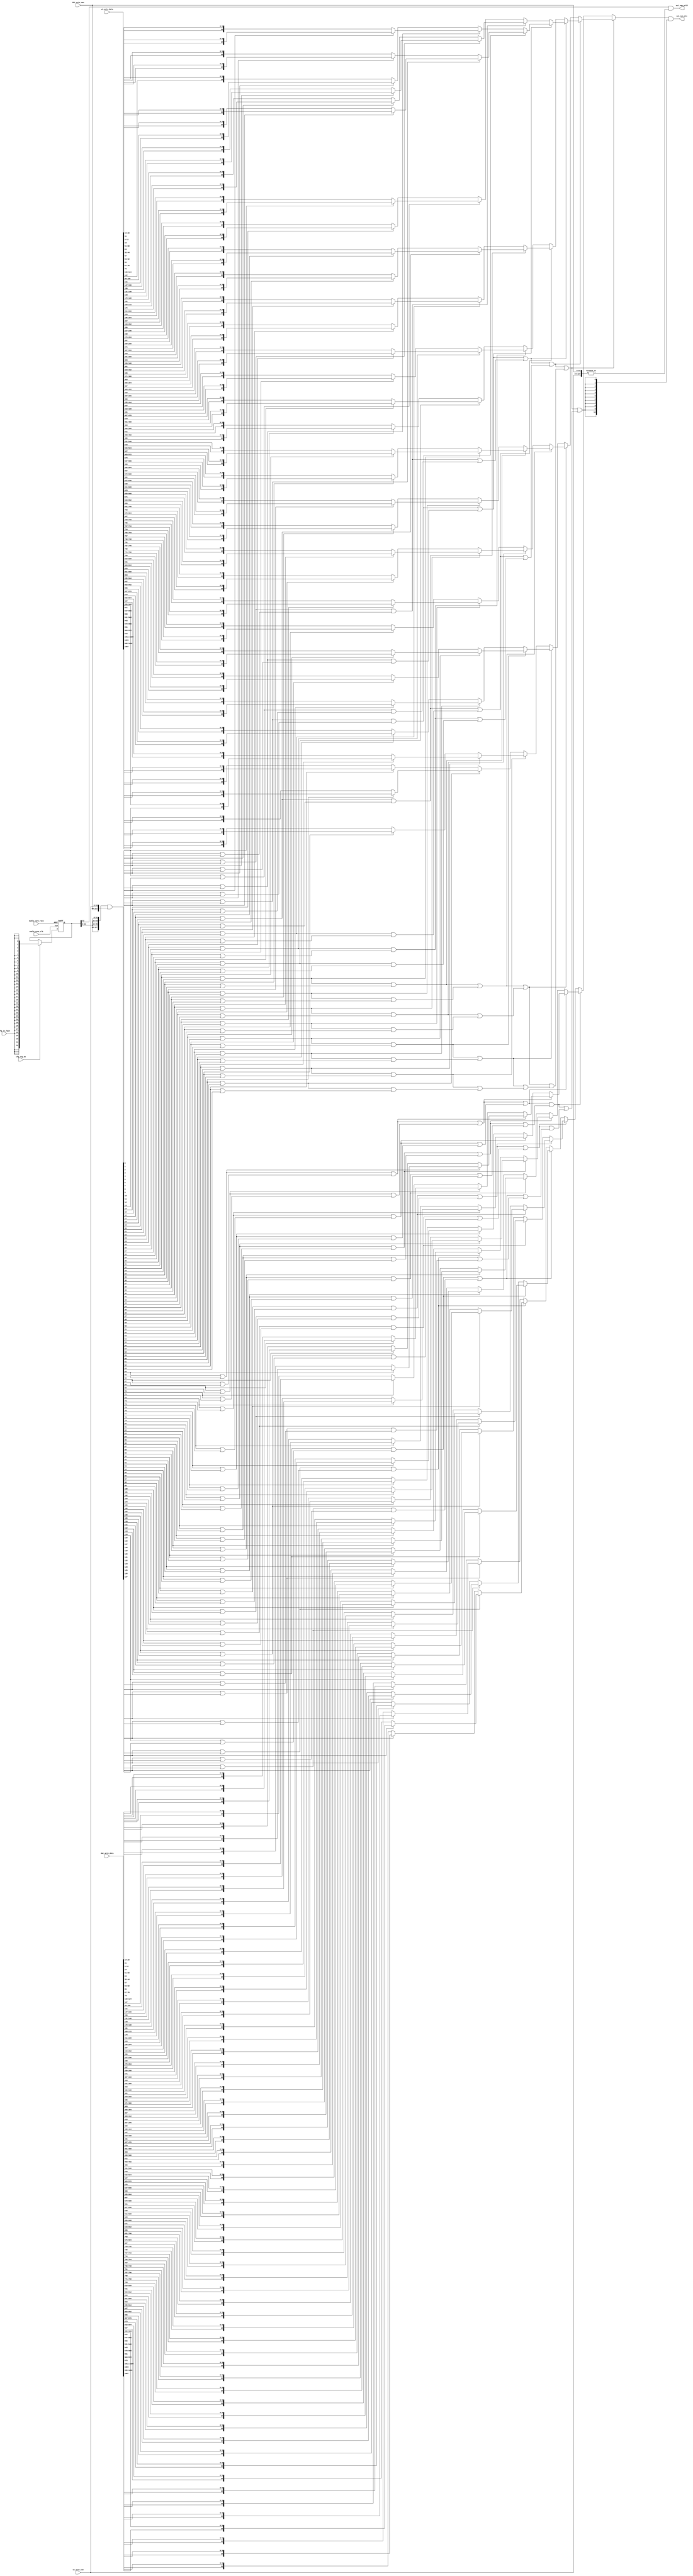
// ================================================================
// NVDLA Open Source Project
// 
// Copyright(c) 2016 - 2017 NVIDIA Corporation.  Licensed under the
// NVDLA Open Hardware License; Check "LICENSE" which comes with 
// this distribution for more information.
// ================================================================


module NV_NVDLA_CMAC_CORE_MAC_nan (
   nvdla_core_clk
  ,nvdla_core_rstn
  ,cfg_is_fp16
  ,cfg_reg_en
  ,dat_actv_data
  ,dat_actv_nan
  ,wt_actv_data
  ,wt_actv_nan
  ,out_nan_mts
  ,out_nan_pvld
  );

input           nvdla_core_clk;
input           nvdla_core_rstn;
input           cfg_is_fp16;
input           cfg_reg_en;
input  [1023:0] dat_actv_data;
input    [63:0] dat_actv_nan;
input  [1023:0] wt_actv_data;
input    [63:0] wt_actv_nan;
output   [10:0] out_nan_mts;
output          out_nan_pvld;
reg      [32:0] cfg_is_fp16_d1;
reg    [2047:0] cur_data;
reg     [127:0] nan_flag_l0;
reg      [63:0] nan_flag_l1;
reg      [31:0] nan_flag_l2;
reg      [15:0] nan_flag_l3;
reg       [7:0] nan_flag_l4;
reg       [3:0] nan_flag_l5;
reg       [1:0] nan_flag_l6;
reg       [0:0] nan_flag_l7;
reg      [10:0] nan_mts_l0n0;
reg      [10:0] nan_mts_l0n1;
reg      [10:0] nan_mts_l0n10;
reg      [10:0] nan_mts_l0n100;
reg      [10:0] nan_mts_l0n101;
reg      [10:0] nan_mts_l0n102;
reg      [10:0] nan_mts_l0n103;
reg      [10:0] nan_mts_l0n104;
reg      [10:0] nan_mts_l0n105;
reg      [10:0] nan_mts_l0n106;
reg      [10:0] nan_mts_l0n107;
reg      [10:0] nan_mts_l0n108;
reg      [10:0] nan_mts_l0n109;
reg      [10:0] nan_mts_l0n11;
reg      [10:0] nan_mts_l0n110;
reg      [10:0] nan_mts_l0n111;
reg      [10:0] nan_mts_l0n112;
reg      [10:0] nan_mts_l0n113;
reg      [10:0] nan_mts_l0n114;
reg      [10:0] nan_mts_l0n115;
reg      [10:0] nan_mts_l0n116;
reg      [10:0] nan_mts_l0n117;
reg      [10:0] nan_mts_l0n118;
reg      [10:0] nan_mts_l0n119;
reg      [10:0] nan_mts_l0n12;
reg      [10:0] nan_mts_l0n120;
reg      [10:0] nan_mts_l0n121;
reg      [10:0] nan_mts_l0n122;
reg      [10:0] nan_mts_l0n123;
reg      [10:0] nan_mts_l0n124;
reg      [10:0] nan_mts_l0n125;
reg      [10:0] nan_mts_l0n126;
reg      [10:0] nan_mts_l0n127;
reg      [10:0] nan_mts_l0n13;
reg      [10:0] nan_mts_l0n14;
reg      [10:0] nan_mts_l0n15;
reg      [10:0] nan_mts_l0n16;
reg      [10:0] nan_mts_l0n17;
reg      [10:0] nan_mts_l0n18;
reg      [10:0] nan_mts_l0n19;
reg      [10:0] nan_mts_l0n2;
reg      [10:0] nan_mts_l0n20;
reg      [10:0] nan_mts_l0n21;
reg      [10:0] nan_mts_l0n22;
reg      [10:0] nan_mts_l0n23;
reg      [10:0] nan_mts_l0n24;
reg      [10:0] nan_mts_l0n25;
reg      [10:0] nan_mts_l0n26;
reg      [10:0] nan_mts_l0n27;
reg      [10:0] nan_mts_l0n28;
reg      [10:0] nan_mts_l0n29;
reg      [10:0] nan_mts_l0n3;
reg      [10:0] nan_mts_l0n30;
reg      [10:0] nan_mts_l0n31;
reg      [10:0] nan_mts_l0n32;
reg      [10:0] nan_mts_l0n33;
reg      [10:0] nan_mts_l0n34;
reg      [10:0] nan_mts_l0n35;
reg      [10:0] nan_mts_l0n36;
reg      [10:0] nan_mts_l0n37;
reg      [10:0] nan_mts_l0n38;
reg      [10:0] nan_mts_l0n39;
reg      [10:0] nan_mts_l0n4;
reg      [10:0] nan_mts_l0n40;
reg      [10:0] nan_mts_l0n41;
reg      [10:0] nan_mts_l0n42;
reg      [10:0] nan_mts_l0n43;
reg      [10:0] nan_mts_l0n44;
reg      [10:0] nan_mts_l0n45;
reg      [10:0] nan_mts_l0n46;
reg      [10:0] nan_mts_l0n47;
reg      [10:0] nan_mts_l0n48;
reg      [10:0] nan_mts_l0n49;
reg      [10:0] nan_mts_l0n5;
reg      [10:0] nan_mts_l0n50;
reg      [10:0] nan_mts_l0n51;
reg      [10:0] nan_mts_l0n52;
reg      [10:0] nan_mts_l0n53;
reg      [10:0] nan_mts_l0n54;
reg      [10:0] nan_mts_l0n55;
reg      [10:0] nan_mts_l0n56;
reg      [10:0] nan_mts_l0n57;
reg      [10:0] nan_mts_l0n58;
reg      [10:0] nan_mts_l0n59;
reg      [10:0] nan_mts_l0n6;
reg      [10:0] nan_mts_l0n60;
reg      [10:0] nan_mts_l0n61;
reg      [10:0] nan_mts_l0n62;
reg      [10:0] nan_mts_l0n63;
reg      [10:0] nan_mts_l0n64;
reg      [10:0] nan_mts_l0n65;
reg      [10:0] nan_mts_l0n66;
reg      [10:0] nan_mts_l0n67;
reg      [10:0] nan_mts_l0n68;
reg      [10:0] nan_mts_l0n69;
reg      [10:0] nan_mts_l0n7;
reg      [10:0] nan_mts_l0n70;
reg      [10:0] nan_mts_l0n71;
reg      [10:0] nan_mts_l0n72;
reg      [10:0] nan_mts_l0n73;
reg      [10:0] nan_mts_l0n74;
reg      [10:0] nan_mts_l0n75;
reg      [10:0] nan_mts_l0n76;
reg      [10:0] nan_mts_l0n77;
reg      [10:0] nan_mts_l0n78;
reg      [10:0] nan_mts_l0n79;
reg      [10:0] nan_mts_l0n8;
reg      [10:0] nan_mts_l0n80;
reg      [10:0] nan_mts_l0n81;
reg      [10:0] nan_mts_l0n82;
reg      [10:0] nan_mts_l0n83;
reg      [10:0] nan_mts_l0n84;
reg      [10:0] nan_mts_l0n85;
reg      [10:0] nan_mts_l0n86;
reg      [10:0] nan_mts_l0n87;
reg      [10:0] nan_mts_l0n88;
reg      [10:0] nan_mts_l0n89;
reg      [10:0] nan_mts_l0n9;
reg      [10:0] nan_mts_l0n90;
reg      [10:0] nan_mts_l0n91;
reg      [10:0] nan_mts_l0n92;
reg      [10:0] nan_mts_l0n93;
reg      [10:0] nan_mts_l0n94;
reg      [10:0] nan_mts_l0n95;
reg      [10:0] nan_mts_l0n96;
reg      [10:0] nan_mts_l0n97;
reg      [10:0] nan_mts_l0n98;
reg      [10:0] nan_mts_l0n99;
reg      [10:0] nan_mts_l1n0;
reg      [10:0] nan_mts_l1n1;
reg      [10:0] nan_mts_l1n10;
reg      [10:0] nan_mts_l1n11;
reg      [10:0] nan_mts_l1n12;
reg      [10:0] nan_mts_l1n13;
reg      [10:0] nan_mts_l1n14;
reg      [10:0] nan_mts_l1n15;
reg      [10:0] nan_mts_l1n16;
reg      [10:0] nan_mts_l1n17;
reg      [10:0] nan_mts_l1n18;
reg      [10:0] nan_mts_l1n19;
reg      [10:0] nan_mts_l1n2;
reg      [10:0] nan_mts_l1n20;
reg      [10:0] nan_mts_l1n21;
reg      [10:0] nan_mts_l1n22;
reg      [10:0] nan_mts_l1n23;
reg      [10:0] nan_mts_l1n24;
reg      [10:0] nan_mts_l1n25;
reg      [10:0] nan_mts_l1n26;
reg      [10:0] nan_mts_l1n27;
reg      [10:0] nan_mts_l1n28;
reg      [10:0] nan_mts_l1n29;
reg      [10:0] nan_mts_l1n3;
reg      [10:0] nan_mts_l1n30;
reg      [10:0] nan_mts_l1n31;
reg      [10:0] nan_mts_l1n32;
reg      [10:0] nan_mts_l1n33;
reg      [10:0] nan_mts_l1n34;
reg      [10:0] nan_mts_l1n35;
reg      [10:0] nan_mts_l1n36;
reg      [10:0] nan_mts_l1n37;
reg      [10:0] nan_mts_l1n38;
reg      [10:0] nan_mts_l1n39;
reg      [10:0] nan_mts_l1n4;
reg      [10:0] nan_mts_l1n40;
reg      [10:0] nan_mts_l1n41;
reg      [10:0] nan_mts_l1n42;
reg      [10:0] nan_mts_l1n43;
reg      [10:0] nan_mts_l1n44;
reg      [10:0] nan_mts_l1n45;
reg      [10:0] nan_mts_l1n46;
reg      [10:0] nan_mts_l1n47;
reg      [10:0] nan_mts_l1n48;
reg      [10:0] nan_mts_l1n49;
reg      [10:0] nan_mts_l1n5;
reg      [10:0] nan_mts_l1n50;
reg      [10:0] nan_mts_l1n51;
reg      [10:0] nan_mts_l1n52;
reg      [10:0] nan_mts_l1n53;
reg      [10:0] nan_mts_l1n54;
reg      [10:0] nan_mts_l1n55;
reg      [10:0] nan_mts_l1n56;
reg      [10:0] nan_mts_l1n57;
reg      [10:0] nan_mts_l1n58;
reg      [10:0] nan_mts_l1n59;
reg      [10:0] nan_mts_l1n6;
reg      [10:0] nan_mts_l1n60;
reg      [10:0] nan_mts_l1n61;
reg      [10:0] nan_mts_l1n62;
reg      [10:0] nan_mts_l1n63;
reg      [10:0] nan_mts_l1n7;
reg      [10:0] nan_mts_l1n8;
reg      [10:0] nan_mts_l1n9;
reg      [10:0] nan_mts_l2n0;
reg      [10:0] nan_mts_l2n1;
reg      [10:0] nan_mts_l2n10;
reg      [10:0] nan_mts_l2n11;
reg      [10:0] nan_mts_l2n12;
reg      [10:0] nan_mts_l2n13;
reg      [10:0] nan_mts_l2n14;
reg      [10:0] nan_mts_l2n15;
reg      [10:0] nan_mts_l2n16;
reg      [10:0] nan_mts_l2n17;
reg      [10:0] nan_mts_l2n18;
reg      [10:0] nan_mts_l2n19;
reg      [10:0] nan_mts_l2n2;
reg      [10:0] nan_mts_l2n20;
reg      [10:0] nan_mts_l2n21;
reg      [10:0] nan_mts_l2n22;
reg      [10:0] nan_mts_l2n23;
reg      [10:0] nan_mts_l2n24;
reg      [10:0] nan_mts_l2n25;
reg      [10:0] nan_mts_l2n26;
reg      [10:0] nan_mts_l2n27;
reg      [10:0] nan_mts_l2n28;
reg      [10:0] nan_mts_l2n29;
reg      [10:0] nan_mts_l2n3;
reg      [10:0] nan_mts_l2n30;
reg      [10:0] nan_mts_l2n31;
reg      [10:0] nan_mts_l2n4;
reg      [10:0] nan_mts_l2n5;
reg      [10:0] nan_mts_l2n6;
reg      [10:0] nan_mts_l2n7;
reg      [10:0] nan_mts_l2n8;
reg      [10:0] nan_mts_l2n9;
reg      [10:0] nan_mts_l3n0;
reg      [10:0] nan_mts_l3n1;
reg      [10:0] nan_mts_l3n10;
reg      [10:0] nan_mts_l3n11;
reg      [10:0] nan_mts_l3n12;
reg      [10:0] nan_mts_l3n13;
reg      [10:0] nan_mts_l3n14;
reg      [10:0] nan_mts_l3n15;
reg      [10:0] nan_mts_l3n2;
reg      [10:0] nan_mts_l3n3;
reg      [10:0] nan_mts_l3n4;
reg      [10:0] nan_mts_l3n5;
reg      [10:0] nan_mts_l3n6;
reg      [10:0] nan_mts_l3n7;
reg      [10:0] nan_mts_l3n8;
reg      [10:0] nan_mts_l3n9;
reg      [10:0] nan_mts_l4n0;
reg      [10:0] nan_mts_l4n1;
reg      [10:0] nan_mts_l4n2;
reg      [10:0] nan_mts_l4n3;
reg      [10:0] nan_mts_l4n4;
reg      [10:0] nan_mts_l4n5;
reg      [10:0] nan_mts_l4n6;
reg      [10:0] nan_mts_l4n7;
reg      [10:0] nan_mts_l5n0;
reg      [10:0] nan_mts_l5n1;
reg      [10:0] nan_mts_l5n2;
reg      [10:0] nan_mts_l5n3;
reg      [10:0] nan_mts_l6n0;
reg      [10:0] nan_mts_l6n1;
reg      [10:0] nan_mts_l7n0;
reg             out_nan_pvld;

// synoff nets

// monitor nets

// debug nets

// tie high nets

// tie low nets

// no connect nets

// not all bits used nets

// todo nets

    

//==========================================================
// Config logic
//==========================================================

always @(posedge nvdla_core_clk or negedge nvdla_core_rstn) begin
  if (!nvdla_core_rstn) begin
    cfg_is_fp16_d1 <= {33{1'b0}};
  end else begin
  if ((cfg_reg_en) == 1'b1) begin
    cfg_is_fp16_d1 <= {33{cfg_is_fp16}};
  // VCS coverage off
  end else if ((cfg_reg_en) == 1'b0) begin
  end else begin
    cfg_is_fp16_d1 <= 'bx;  // spyglass disable STARC-2.10.1.6 W443 NoWidthInBasedNum-ML -- (Constant containing x or z used, Based number `bx contains an X, Width specification missing for based number)
  // VCS coverage on
  end
  end
end
`ifdef SPYGLASS_ASSERT_ON
`else
// spyglass disable_block NoWidthInBasedNum-ML 
// spyglass disable_block STARC-2.10.3.2a 
// spyglass disable_block STARC05-2.1.3.1 
// spyglass disable_block STARC-2.1.4.6 
// spyglass disable_block W116 
// spyglass disable_block W154 
// spyglass disable_block W239 
// spyglass disable_block W362 
// spyglass disable_block WRN_58 
// spyglass disable_block WRN_61 
`endif // SPYGLASS_ASSERT_ON
`ifdef ASSERT_ON
`ifdef FV_ASSERT_ON
`define ASSERT_RESET nvdla_core_rstn
`else
`ifdef SYNTHESIS
`define ASSERT_RESET nvdla_core_rstn
`else
`ifdef ASSERT_OFF_RESET_IS_X
`define ASSERT_RESET ((1'bx === nvdla_core_rstn) ? 1'b0 : nvdla_core_rstn)
`else
`define ASSERT_RESET ((1'bx === nvdla_core_rstn) ? 1'b1 : nvdla_core_rstn)
`endif // ASSERT_OFF_RESET_IS_X
`endif // SYNTHESIS
`endif // FV_ASSERT_ON
`ifndef SYNTHESIS
  // VCS coverage off 
  nv_assert_no_x #(0,1,0,"No X's allowed on control signals")      zzz_assert_no_x_1x (nvdla_core_clk, `ASSERT_RESET, 1'd1,  (^(cfg_reg_en))); // spyglass disable W504 SelfDeterminedExpr-ML 
  // VCS coverage on
`endif
`undef ASSERT_RESET
`endif // ASSERT_ON
`ifdef SPYGLASS_ASSERT_ON
`else
// spyglass enable_block NoWidthInBasedNum-ML 
// spyglass enable_block STARC-2.10.3.2a 
// spyglass enable_block STARC05-2.1.3.1 
// spyglass enable_block STARC-2.1.4.6 
// spyglass enable_block W116 
// spyglass enable_block W154 
// spyglass enable_block W239 
// spyglass enable_block W362 
// spyglass enable_block WRN_58 
// spyglass enable_block WRN_61 
`endif // SPYGLASS_ASSERT_ON

//==========================================================
// Search nan matissa
//==========================================================
always @(
  cfg_is_fp16_d1
  or dat_actv_nan
  or wt_actv_nan
  ) begin
    nan_flag_l0 = {4{cfg_is_fp16_d1[31:0]}} & {dat_actv_nan, wt_actv_nan};
end

always @(
  dat_actv_data
  or wt_actv_data
  ) begin
    cur_data = {dat_actv_data, wt_actv_data};
end

always @(
  cur_data
  ) begin
    nan_mts_l0n0 = {cur_data[15], cur_data[12:3]};
    nan_mts_l0n1 = {cur_data[31], cur_data[28:19]};
    nan_mts_l0n2 = {cur_data[47], cur_data[44:35]};
    nan_mts_l0n3 = {cur_data[63], cur_data[60:51]};
    nan_mts_l0n4 = {cur_data[79], cur_data[76:67]};
    nan_mts_l0n5 = {cur_data[95], cur_data[92:83]};
    nan_mts_l0n6 = {cur_data[111], cur_data[108:99]};
    nan_mts_l0n7 = {cur_data[127], cur_data[124:115]};
    nan_mts_l0n8 = {cur_data[143], cur_data[140:131]};
    nan_mts_l0n9 = {cur_data[159], cur_data[156:147]};
    nan_mts_l0n10 = {cur_data[175], cur_data[172:163]};
    nan_mts_l0n11 = {cur_data[191], cur_data[188:179]};
    nan_mts_l0n12 = {cur_data[207], cur_data[204:195]};
    nan_mts_l0n13 = {cur_data[223], cur_data[220:211]};
    nan_mts_l0n14 = {cur_data[239], cur_data[236:227]};
    nan_mts_l0n15 = {cur_data[255], cur_data[252:243]};
    nan_mts_l0n16 = {cur_data[271], cur_data[268:259]};
    nan_mts_l0n17 = {cur_data[287], cur_data[284:275]};
    nan_mts_l0n18 = {cur_data[303], cur_data[300:291]};
    nan_mts_l0n19 = {cur_data[319], cur_data[316:307]};
    nan_mts_l0n20 = {cur_data[335], cur_data[332:323]};
    nan_mts_l0n21 = {cur_data[351], cur_data[348:339]};
    nan_mts_l0n22 = {cur_data[367], cur_data[364:355]};
    nan_mts_l0n23 = {cur_data[383], cur_data[380:371]};
    nan_mts_l0n24 = {cur_data[399], cur_data[396:387]};
    nan_mts_l0n25 = {cur_data[415], cur_data[412:403]};
    nan_mts_l0n26 = {cur_data[431], cur_data[428:419]};
    nan_mts_l0n27 = {cur_data[447], cur_data[444:435]};
    nan_mts_l0n28 = {cur_data[463], cur_data[460:451]};
    nan_mts_l0n29 = {cur_data[479], cur_data[476:467]};
    nan_mts_l0n30 = {cur_data[495], cur_data[492:483]};
    nan_mts_l0n31 = {cur_data[511], cur_data[508:499]};
    nan_mts_l0n32 = {cur_data[527], cur_data[524:515]};
    nan_mts_l0n33 = {cur_data[543], cur_data[540:531]};
    nan_mts_l0n34 = {cur_data[559], cur_data[556:547]};
    nan_mts_l0n35 = {cur_data[575], cur_data[572:563]};
    nan_mts_l0n36 = {cur_data[591], cur_data[588:579]};
    nan_mts_l0n37 = {cur_data[607], cur_data[604:595]};
    nan_mts_l0n38 = {cur_data[623], cur_data[620:611]};
    nan_mts_l0n39 = {cur_data[639], cur_data[636:627]};
    nan_mts_l0n40 = {cur_data[655], cur_data[652:643]};
    nan_mts_l0n41 = {cur_data[671], cur_data[668:659]};
    nan_mts_l0n42 = {cur_data[687], cur_data[684:675]};
    nan_mts_l0n43 = {cur_data[703], cur_data[700:691]};
    nan_mts_l0n44 = {cur_data[719], cur_data[716:707]};
    nan_mts_l0n45 = {cur_data[735], cur_data[732:723]};
    nan_mts_l0n46 = {cur_data[751], cur_data[748:739]};
    nan_mts_l0n47 = {cur_data[767], cur_data[764:755]};
    nan_mts_l0n48 = {cur_data[783], cur_data[780:771]};
    nan_mts_l0n49 = {cur_data[799], cur_data[796:787]};
    nan_mts_l0n50 = {cur_data[815], cur_data[812:803]};
    nan_mts_l0n51 = {cur_data[831], cur_data[828:819]};
    nan_mts_l0n52 = {cur_data[847], cur_data[844:835]};
    nan_mts_l0n53 = {cur_data[863], cur_data[860:851]};
    nan_mts_l0n54 = {cur_data[879], cur_data[876:867]};
    nan_mts_l0n55 = {cur_data[895], cur_data[892:883]};
    nan_mts_l0n56 = {cur_data[911], cur_data[908:899]};
    nan_mts_l0n57 = {cur_data[927], cur_data[924:915]};
    nan_mts_l0n58 = {cur_data[943], cur_data[940:931]};
    nan_mts_l0n59 = {cur_data[959], cur_data[956:947]};
    nan_mts_l0n60 = {cur_data[975], cur_data[972:963]};
    nan_mts_l0n61 = {cur_data[991], cur_data[988:979]};
    nan_mts_l0n62 = {cur_data[1007], cur_data[1004:995]};
    nan_mts_l0n63 = {cur_data[1023], cur_data[1020:1011]};
    nan_mts_l0n64 = {cur_data[1039], cur_data[1036:1027]};
    nan_mts_l0n65 = {cur_data[1055], cur_data[1052:1043]};
    nan_mts_l0n66 = {cur_data[1071], cur_data[1068:1059]};
    nan_mts_l0n67 = {cur_data[1087], cur_data[1084:1075]};
    nan_mts_l0n68 = {cur_data[1103], cur_data[1100:1091]};
    nan_mts_l0n69 = {cur_data[1119], cur_data[1116:1107]};
    nan_mts_l0n70 = {cur_data[1135], cur_data[1132:1123]};
    nan_mts_l0n71 = {cur_data[1151], cur_data[1148:1139]};
    nan_mts_l0n72 = {cur_data[1167], cur_data[1164:1155]};
    nan_mts_l0n73 = {cur_data[1183], cur_data[1180:1171]};
    nan_mts_l0n74 = {cur_data[1199], cur_data[1196:1187]};
    nan_mts_l0n75 = {cur_data[1215], cur_data[1212:1203]};
    nan_mts_l0n76 = {cur_data[1231], cur_data[1228:1219]};
    nan_mts_l0n77 = {cur_data[1247], cur_data[1244:1235]};
    nan_mts_l0n78 = {cur_data[1263], cur_data[1260:1251]};
    nan_mts_l0n79 = {cur_data[1279], cur_data[1276:1267]};
    nan_mts_l0n80 = {cur_data[1295], cur_data[1292:1283]};
    nan_mts_l0n81 = {cur_data[1311], cur_data[1308:1299]};
    nan_mts_l0n82 = {cur_data[1327], cur_data[1324:1315]};
    nan_mts_l0n83 = {cur_data[1343], cur_data[1340:1331]};
    nan_mts_l0n84 = {cur_data[1359], cur_data[1356:1347]};
    nan_mts_l0n85 = {cur_data[1375], cur_data[1372:1363]};
    nan_mts_l0n86 = {cur_data[1391], cur_data[1388:1379]};
    nan_mts_l0n87 = {cur_data[1407], cur_data[1404:1395]};
    nan_mts_l0n88 = {cur_data[1423], cur_data[1420:1411]};
    nan_mts_l0n89 = {cur_data[1439], cur_data[1436:1427]};
    nan_mts_l0n90 = {cur_data[1455], cur_data[1452:1443]};
    nan_mts_l0n91 = {cur_data[1471], cur_data[1468:1459]};
    nan_mts_l0n92 = {cur_data[1487], cur_data[1484:1475]};
    nan_mts_l0n93 = {cur_data[1503], cur_data[1500:1491]};
    nan_mts_l0n94 = {cur_data[1519], cur_data[1516:1507]};
    nan_mts_l0n95 = {cur_data[1535], cur_data[1532:1523]};
    nan_mts_l0n96 = {cur_data[1551], cur_data[1548:1539]};
    nan_mts_l0n97 = {cur_data[1567], cur_data[1564:1555]};
    nan_mts_l0n98 = {cur_data[1583], cur_data[1580:1571]};
    nan_mts_l0n99 = {cur_data[1599], cur_data[1596:1587]};
    nan_mts_l0n100 = {cur_data[1615], cur_data[1612:1603]};
    nan_mts_l0n101 = {cur_data[1631], cur_data[1628:1619]};
    nan_mts_l0n102 = {cur_data[1647], cur_data[1644:1635]};
    nan_mts_l0n103 = {cur_data[1663], cur_data[1660:1651]};
    nan_mts_l0n104 = {cur_data[1679], cur_data[1676:1667]};
    nan_mts_l0n105 = {cur_data[1695], cur_data[1692:1683]};
    nan_mts_l0n106 = {cur_data[1711], cur_data[1708:1699]};
    nan_mts_l0n107 = {cur_data[1727], cur_data[1724:1715]};
    nan_mts_l0n108 = {cur_data[1743], cur_data[1740:1731]};
    nan_mts_l0n109 = {cur_data[1759], cur_data[1756:1747]};
    nan_mts_l0n110 = {cur_data[1775], cur_data[1772:1763]};
    nan_mts_l0n111 = {cur_data[1791], cur_data[1788:1779]};
    nan_mts_l0n112 = {cur_data[1807], cur_data[1804:1795]};
    nan_mts_l0n113 = {cur_data[1823], cur_data[1820:1811]};
    nan_mts_l0n114 = {cur_data[1839], cur_data[1836:1827]};
    nan_mts_l0n115 = {cur_data[1855], cur_data[1852:1843]};
    nan_mts_l0n116 = {cur_data[1871], cur_data[1868:1859]};
    nan_mts_l0n117 = {cur_data[1887], cur_data[1884:1875]};
    nan_mts_l0n118 = {cur_data[1903], cur_data[1900:1891]};
    nan_mts_l0n119 = {cur_data[1919], cur_data[1916:1907]};
    nan_mts_l0n120 = {cur_data[1935], cur_data[1932:1923]};
    nan_mts_l0n121 = {cur_data[1951], cur_data[1948:1939]};
    nan_mts_l0n122 = {cur_data[1967], cur_data[1964:1955]};
    nan_mts_l0n123 = {cur_data[1983], cur_data[1980:1971]};
    nan_mts_l0n124 = {cur_data[1999], cur_data[1996:1987]};
    nan_mts_l0n125 = {cur_data[2015], cur_data[2012:2003]};
    nan_mts_l0n126 = {cur_data[2031], cur_data[2028:2019]};
    nan_mts_l0n127 = {cur_data[2047], cur_data[2044:2035]};
end

always @(
  nan_flag_l0
  or nan_mts_l0n0
  or nan_mts_l0n1
  or nan_mts_l0n2
  or nan_mts_l0n3
  or nan_mts_l0n4
  or nan_mts_l0n5
  or nan_mts_l0n6
  or nan_mts_l0n7
  or nan_mts_l0n8
  or nan_mts_l0n9
  or nan_mts_l0n10
  or nan_mts_l0n11
  or nan_mts_l0n12
  or nan_mts_l0n13
  or nan_mts_l0n14
  or nan_mts_l0n15
  or nan_mts_l0n16
  or nan_mts_l0n17
  or nan_mts_l0n18
  or nan_mts_l0n19
  or nan_mts_l0n20
  or nan_mts_l0n21
  or nan_mts_l0n22
  or nan_mts_l0n23
  or nan_mts_l0n24
  or nan_mts_l0n25
  or nan_mts_l0n26
  or nan_mts_l0n27
  or nan_mts_l0n28
  or nan_mts_l0n29
  or nan_mts_l0n30
  or nan_mts_l0n31
  or nan_mts_l0n32
  or nan_mts_l0n33
  or nan_mts_l0n34
  or nan_mts_l0n35
  or nan_mts_l0n36
  or nan_mts_l0n37
  or nan_mts_l0n38
  or nan_mts_l0n39
  or nan_mts_l0n40
  or nan_mts_l0n41
  or nan_mts_l0n42
  or nan_mts_l0n43
  or nan_mts_l0n44
  or nan_mts_l0n45
  or nan_mts_l0n46
  or nan_mts_l0n47
  or nan_mts_l0n48
  or nan_mts_l0n49
  or nan_mts_l0n50
  or nan_mts_l0n51
  or nan_mts_l0n52
  or nan_mts_l0n53
  or nan_mts_l0n54
  or nan_mts_l0n55
  or nan_mts_l0n56
  or nan_mts_l0n57
  or nan_mts_l0n58
  or nan_mts_l0n59
  or nan_mts_l0n60
  or nan_mts_l0n61
  or nan_mts_l0n62
  or nan_mts_l0n63
  or nan_mts_l0n64
  or nan_mts_l0n65
  or nan_mts_l0n66
  or nan_mts_l0n67
  or nan_mts_l0n68
  or nan_mts_l0n69
  or nan_mts_l0n70
  or nan_mts_l0n71
  or nan_mts_l0n72
  or nan_mts_l0n73
  or nan_mts_l0n74
  or nan_mts_l0n75
  or nan_mts_l0n76
  or nan_mts_l0n77
  or nan_mts_l0n78
  or nan_mts_l0n79
  or nan_mts_l0n80
  or nan_mts_l0n81
  or nan_mts_l0n82
  or nan_mts_l0n83
  or nan_mts_l0n84
  or nan_mts_l0n85
  or nan_mts_l0n86
  or nan_mts_l0n87
  or nan_mts_l0n88
  or nan_mts_l0n89
  or nan_mts_l0n90
  or nan_mts_l0n91
  or nan_mts_l0n92
  or nan_mts_l0n93
  or nan_mts_l0n94
  or nan_mts_l0n95
  or nan_mts_l0n96
  or nan_mts_l0n97
  or nan_mts_l0n98
  or nan_mts_l0n99
  or nan_mts_l0n100
  or nan_mts_l0n101
  or nan_mts_l0n102
  or nan_mts_l0n103
  or nan_mts_l0n104
  or nan_mts_l0n105
  or nan_mts_l0n106
  or nan_mts_l0n107
  or nan_mts_l0n108
  or nan_mts_l0n109
  or nan_mts_l0n110
  or nan_mts_l0n111
  or nan_mts_l0n112
  or nan_mts_l0n113
  or nan_mts_l0n114
  or nan_mts_l0n115
  or nan_mts_l0n116
  or nan_mts_l0n117
  or nan_mts_l0n118
  or nan_mts_l0n119
  or nan_mts_l0n120
  or nan_mts_l0n121
  or nan_mts_l0n122
  or nan_mts_l0n123
  or nan_mts_l0n124
  or nan_mts_l0n125
  or nan_mts_l0n126
  or nan_mts_l0n127
  ) begin
    nan_mts_l1n0 = nan_flag_l0[0] ? nan_mts_l0n0 : nan_mts_l0n1;
    nan_mts_l1n1 = nan_flag_l0[2] ? nan_mts_l0n2 : nan_mts_l0n3;
    nan_mts_l1n2 = nan_flag_l0[4] ? nan_mts_l0n4 : nan_mts_l0n5;
    nan_mts_l1n3 = nan_flag_l0[6] ? nan_mts_l0n6 : nan_mts_l0n7;
    nan_mts_l1n4 = nan_flag_l0[8] ? nan_mts_l0n8 : nan_mts_l0n9;
    nan_mts_l1n5 = nan_flag_l0[10] ? nan_mts_l0n10 : nan_mts_l0n11;
    nan_mts_l1n6 = nan_flag_l0[12] ? nan_mts_l0n12 : nan_mts_l0n13;
    nan_mts_l1n7 = nan_flag_l0[14] ? nan_mts_l0n14 : nan_mts_l0n15;
    nan_mts_l1n8 = nan_flag_l0[16] ? nan_mts_l0n16 : nan_mts_l0n17;
    nan_mts_l1n9 = nan_flag_l0[18] ? nan_mts_l0n18 : nan_mts_l0n19;
    nan_mts_l1n10 = nan_flag_l0[20] ? nan_mts_l0n20 : nan_mts_l0n21;
    nan_mts_l1n11 = nan_flag_l0[22] ? nan_mts_l0n22 : nan_mts_l0n23;
    nan_mts_l1n12 = nan_flag_l0[24] ? nan_mts_l0n24 : nan_mts_l0n25;
    nan_mts_l1n13 = nan_flag_l0[26] ? nan_mts_l0n26 : nan_mts_l0n27;
    nan_mts_l1n14 = nan_flag_l0[28] ? nan_mts_l0n28 : nan_mts_l0n29;
    nan_mts_l1n15 = nan_flag_l0[30] ? nan_mts_l0n30 : nan_mts_l0n31;
    nan_mts_l1n16 = nan_flag_l0[32] ? nan_mts_l0n32 : nan_mts_l0n33;
    nan_mts_l1n17 = nan_flag_l0[34] ? nan_mts_l0n34 : nan_mts_l0n35;
    nan_mts_l1n18 = nan_flag_l0[36] ? nan_mts_l0n36 : nan_mts_l0n37;
    nan_mts_l1n19 = nan_flag_l0[38] ? nan_mts_l0n38 : nan_mts_l0n39;
    nan_mts_l1n20 = nan_flag_l0[40] ? nan_mts_l0n40 : nan_mts_l0n41;
    nan_mts_l1n21 = nan_flag_l0[42] ? nan_mts_l0n42 : nan_mts_l0n43;
    nan_mts_l1n22 = nan_flag_l0[44] ? nan_mts_l0n44 : nan_mts_l0n45;
    nan_mts_l1n23 = nan_flag_l0[46] ? nan_mts_l0n46 : nan_mts_l0n47;
    nan_mts_l1n24 = nan_flag_l0[48] ? nan_mts_l0n48 : nan_mts_l0n49;
    nan_mts_l1n25 = nan_flag_l0[50] ? nan_mts_l0n50 : nan_mts_l0n51;
    nan_mts_l1n26 = nan_flag_l0[52] ? nan_mts_l0n52 : nan_mts_l0n53;
    nan_mts_l1n27 = nan_flag_l0[54] ? nan_mts_l0n54 : nan_mts_l0n55;
    nan_mts_l1n28 = nan_flag_l0[56] ? nan_mts_l0n56 : nan_mts_l0n57;
    nan_mts_l1n29 = nan_flag_l0[58] ? nan_mts_l0n58 : nan_mts_l0n59;
    nan_mts_l1n30 = nan_flag_l0[60] ? nan_mts_l0n60 : nan_mts_l0n61;
    nan_mts_l1n31 = nan_flag_l0[62] ? nan_mts_l0n62 : nan_mts_l0n63;
    nan_mts_l1n32 = nan_flag_l0[64] ? nan_mts_l0n64 : nan_mts_l0n65;
    nan_mts_l1n33 = nan_flag_l0[66] ? nan_mts_l0n66 : nan_mts_l0n67;
    nan_mts_l1n34 = nan_flag_l0[68] ? nan_mts_l0n68 : nan_mts_l0n69;
    nan_mts_l1n35 = nan_flag_l0[70] ? nan_mts_l0n70 : nan_mts_l0n71;
    nan_mts_l1n36 = nan_flag_l0[72] ? nan_mts_l0n72 : nan_mts_l0n73;
    nan_mts_l1n37 = nan_flag_l0[74] ? nan_mts_l0n74 : nan_mts_l0n75;
    nan_mts_l1n38 = nan_flag_l0[76] ? nan_mts_l0n76 : nan_mts_l0n77;
    nan_mts_l1n39 = nan_flag_l0[78] ? nan_mts_l0n78 : nan_mts_l0n79;
    nan_mts_l1n40 = nan_flag_l0[80] ? nan_mts_l0n80 : nan_mts_l0n81;
    nan_mts_l1n41 = nan_flag_l0[82] ? nan_mts_l0n82 : nan_mts_l0n83;
    nan_mts_l1n42 = nan_flag_l0[84] ? nan_mts_l0n84 : nan_mts_l0n85;
    nan_mts_l1n43 = nan_flag_l0[86] ? nan_mts_l0n86 : nan_mts_l0n87;
    nan_mts_l1n44 = nan_flag_l0[88] ? nan_mts_l0n88 : nan_mts_l0n89;
    nan_mts_l1n45 = nan_flag_l0[90] ? nan_mts_l0n90 : nan_mts_l0n91;
    nan_mts_l1n46 = nan_flag_l0[92] ? nan_mts_l0n92 : nan_mts_l0n93;
    nan_mts_l1n47 = nan_flag_l0[94] ? nan_mts_l0n94 : nan_mts_l0n95;
    nan_mts_l1n48 = nan_flag_l0[96] ? nan_mts_l0n96 : nan_mts_l0n97;
    nan_mts_l1n49 = nan_flag_l0[98] ? nan_mts_l0n98 : nan_mts_l0n99;
    nan_mts_l1n50 = nan_flag_l0[100] ? nan_mts_l0n100 : nan_mts_l0n101;
    nan_mts_l1n51 = nan_flag_l0[102] ? nan_mts_l0n102 : nan_mts_l0n103;
    nan_mts_l1n52 = nan_flag_l0[104] ? nan_mts_l0n104 : nan_mts_l0n105;
    nan_mts_l1n53 = nan_flag_l0[106] ? nan_mts_l0n106 : nan_mts_l0n107;
    nan_mts_l1n54 = nan_flag_l0[108] ? nan_mts_l0n108 : nan_mts_l0n109;
    nan_mts_l1n55 = nan_flag_l0[110] ? nan_mts_l0n110 : nan_mts_l0n111;
    nan_mts_l1n56 = nan_flag_l0[112] ? nan_mts_l0n112 : nan_mts_l0n113;
    nan_mts_l1n57 = nan_flag_l0[114] ? nan_mts_l0n114 : nan_mts_l0n115;
    nan_mts_l1n58 = nan_flag_l0[116] ? nan_mts_l0n116 : nan_mts_l0n117;
    nan_mts_l1n59 = nan_flag_l0[118] ? nan_mts_l0n118 : nan_mts_l0n119;
    nan_mts_l1n60 = nan_flag_l0[120] ? nan_mts_l0n120 : nan_mts_l0n121;
    nan_mts_l1n61 = nan_flag_l0[122] ? nan_mts_l0n122 : nan_mts_l0n123;
    nan_mts_l1n62 = nan_flag_l0[124] ? nan_mts_l0n124 : nan_mts_l0n125;
    nan_mts_l1n63 = nan_flag_l0[126] ? nan_mts_l0n126 : nan_mts_l0n127;
end

always @(
  nan_flag_l0
  ) begin
    nan_flag_l1[0] = nan_flag_l0[0] | nan_flag_l0[1];
    nan_flag_l1[1] = nan_flag_l0[2] | nan_flag_l0[3];
    nan_flag_l1[2] = nan_flag_l0[4] | nan_flag_l0[5];
    nan_flag_l1[3] = nan_flag_l0[6] | nan_flag_l0[7];
    nan_flag_l1[4] = nan_flag_l0[8] | nan_flag_l0[9];
    nan_flag_l1[5] = nan_flag_l0[10] | nan_flag_l0[11];
    nan_flag_l1[6] = nan_flag_l0[12] | nan_flag_l0[13];
    nan_flag_l1[7] = nan_flag_l0[14] | nan_flag_l0[15];
    nan_flag_l1[8] = nan_flag_l0[16] | nan_flag_l0[17];
    nan_flag_l1[9] = nan_flag_l0[18] | nan_flag_l0[19];
    nan_flag_l1[10] = nan_flag_l0[20] | nan_flag_l0[21];
    nan_flag_l1[11] = nan_flag_l0[22] | nan_flag_l0[23];
    nan_flag_l1[12] = nan_flag_l0[24] | nan_flag_l0[25];
    nan_flag_l1[13] = nan_flag_l0[26] | nan_flag_l0[27];
    nan_flag_l1[14] = nan_flag_l0[28] | nan_flag_l0[29];
    nan_flag_l1[15] = nan_flag_l0[30] | nan_flag_l0[31];
    nan_flag_l1[16] = nan_flag_l0[32] | nan_flag_l0[33];
    nan_flag_l1[17] = nan_flag_l0[34] | nan_flag_l0[35];
    nan_flag_l1[18] = nan_flag_l0[36] | nan_flag_l0[37];
    nan_flag_l1[19] = nan_flag_l0[38] | nan_flag_l0[39];
    nan_flag_l1[20] = nan_flag_l0[40] | nan_flag_l0[41];
    nan_flag_l1[21] = nan_flag_l0[42] | nan_flag_l0[43];
    nan_flag_l1[22] = nan_flag_l0[44] | nan_flag_l0[45];
    nan_flag_l1[23] = nan_flag_l0[46] | nan_flag_l0[47];
    nan_flag_l1[24] = nan_flag_l0[48] | nan_flag_l0[49];
    nan_flag_l1[25] = nan_flag_l0[50] | nan_flag_l0[51];
    nan_flag_l1[26] = nan_flag_l0[52] | nan_flag_l0[53];
    nan_flag_l1[27] = nan_flag_l0[54] | nan_flag_l0[55];
    nan_flag_l1[28] = nan_flag_l0[56] | nan_flag_l0[57];
    nan_flag_l1[29] = nan_flag_l0[58] | nan_flag_l0[59];
    nan_flag_l1[30] = nan_flag_l0[60] | nan_flag_l0[61];
    nan_flag_l1[31] = nan_flag_l0[62] | nan_flag_l0[63];
    nan_flag_l1[32] = nan_flag_l0[64] | nan_flag_l0[65];
    nan_flag_l1[33] = nan_flag_l0[66] | nan_flag_l0[67];
    nan_flag_l1[34] = nan_flag_l0[68] | nan_flag_l0[69];
    nan_flag_l1[35] = nan_flag_l0[70] | nan_flag_l0[71];
    nan_flag_l1[36] = nan_flag_l0[72] | nan_flag_l0[73];
    nan_flag_l1[37] = nan_flag_l0[74] | nan_flag_l0[75];
    nan_flag_l1[38] = nan_flag_l0[76] | nan_flag_l0[77];
    nan_flag_l1[39] = nan_flag_l0[78] | nan_flag_l0[79];
    nan_flag_l1[40] = nan_flag_l0[80] | nan_flag_l0[81];
    nan_flag_l1[41] = nan_flag_l0[82] | nan_flag_l0[83];
    nan_flag_l1[42] = nan_flag_l0[84] | nan_flag_l0[85];
    nan_flag_l1[43] = nan_flag_l0[86] | nan_flag_l0[87];
    nan_flag_l1[44] = nan_flag_l0[88] | nan_flag_l0[89];
    nan_flag_l1[45] = nan_flag_l0[90] | nan_flag_l0[91];
    nan_flag_l1[46] = nan_flag_l0[92] | nan_flag_l0[93];
    nan_flag_l1[47] = nan_flag_l0[94] | nan_flag_l0[95];
    nan_flag_l1[48] = nan_flag_l0[96] | nan_flag_l0[97];
    nan_flag_l1[49] = nan_flag_l0[98] | nan_flag_l0[99];
    nan_flag_l1[50] = nan_flag_l0[100] | nan_flag_l0[101];
    nan_flag_l1[51] = nan_flag_l0[102] | nan_flag_l0[103];
    nan_flag_l1[52] = nan_flag_l0[104] | nan_flag_l0[105];
    nan_flag_l1[53] = nan_flag_l0[106] | nan_flag_l0[107];
    nan_flag_l1[54] = nan_flag_l0[108] | nan_flag_l0[109];
    nan_flag_l1[55] = nan_flag_l0[110] | nan_flag_l0[111];
    nan_flag_l1[56] = nan_flag_l0[112] | nan_flag_l0[113];
    nan_flag_l1[57] = nan_flag_l0[114] | nan_flag_l0[115];
    nan_flag_l1[58] = nan_flag_l0[116] | nan_flag_l0[117];
    nan_flag_l1[59] = nan_flag_l0[118] | nan_flag_l0[119];
    nan_flag_l1[60] = nan_flag_l0[120] | nan_flag_l0[121];
    nan_flag_l1[61] = nan_flag_l0[122] | nan_flag_l0[123];
    nan_flag_l1[62] = nan_flag_l0[124] | nan_flag_l0[125];
    nan_flag_l1[63] = nan_flag_l0[126] | nan_flag_l0[127];
end

always @(
  nan_flag_l1
  or nan_mts_l1n0
  or nan_mts_l1n1
  or nan_mts_l1n2
  or nan_mts_l1n3
  or nan_mts_l1n4
  or nan_mts_l1n5
  or nan_mts_l1n6
  or nan_mts_l1n7
  or nan_mts_l1n8
  or nan_mts_l1n9
  or nan_mts_l1n10
  or nan_mts_l1n11
  or nan_mts_l1n12
  or nan_mts_l1n13
  or nan_mts_l1n14
  or nan_mts_l1n15
  or nan_mts_l1n16
  or nan_mts_l1n17
  or nan_mts_l1n18
  or nan_mts_l1n19
  or nan_mts_l1n20
  or nan_mts_l1n21
  or nan_mts_l1n22
  or nan_mts_l1n23
  or nan_mts_l1n24
  or nan_mts_l1n25
  or nan_mts_l1n26
  or nan_mts_l1n27
  or nan_mts_l1n28
  or nan_mts_l1n29
  or nan_mts_l1n30
  or nan_mts_l1n31
  or nan_mts_l1n32
  or nan_mts_l1n33
  or nan_mts_l1n34
  or nan_mts_l1n35
  or nan_mts_l1n36
  or nan_mts_l1n37
  or nan_mts_l1n38
  or nan_mts_l1n39
  or nan_mts_l1n40
  or nan_mts_l1n41
  or nan_mts_l1n42
  or nan_mts_l1n43
  or nan_mts_l1n44
  or nan_mts_l1n45
  or nan_mts_l1n46
  or nan_mts_l1n47
  or nan_mts_l1n48
  or nan_mts_l1n49
  or nan_mts_l1n50
  or nan_mts_l1n51
  or nan_mts_l1n52
  or nan_mts_l1n53
  or nan_mts_l1n54
  or nan_mts_l1n55
  or nan_mts_l1n56
  or nan_mts_l1n57
  or nan_mts_l1n58
  or nan_mts_l1n59
  or nan_mts_l1n60
  or nan_mts_l1n61
  or nan_mts_l1n62
  or nan_mts_l1n63
  ) begin
    nan_mts_l2n0 = nan_flag_l1[0] ? nan_mts_l1n0 : nan_mts_l1n1;
    nan_mts_l2n1 = nan_flag_l1[2] ? nan_mts_l1n2 : nan_mts_l1n3;
    nan_mts_l2n2 = nan_flag_l1[4] ? nan_mts_l1n4 : nan_mts_l1n5;
    nan_mts_l2n3 = nan_flag_l1[6] ? nan_mts_l1n6 : nan_mts_l1n7;
    nan_mts_l2n4 = nan_flag_l1[8] ? nan_mts_l1n8 : nan_mts_l1n9;
    nan_mts_l2n5 = nan_flag_l1[10] ? nan_mts_l1n10 : nan_mts_l1n11;
    nan_mts_l2n6 = nan_flag_l1[12] ? nan_mts_l1n12 : nan_mts_l1n13;
    nan_mts_l2n7 = nan_flag_l1[14] ? nan_mts_l1n14 : nan_mts_l1n15;
    nan_mts_l2n8 = nan_flag_l1[16] ? nan_mts_l1n16 : nan_mts_l1n17;
    nan_mts_l2n9 = nan_flag_l1[18] ? nan_mts_l1n18 : nan_mts_l1n19;
    nan_mts_l2n10 = nan_flag_l1[20] ? nan_mts_l1n20 : nan_mts_l1n21;
    nan_mts_l2n11 = nan_flag_l1[22] ? nan_mts_l1n22 : nan_mts_l1n23;
    nan_mts_l2n12 = nan_flag_l1[24] ? nan_mts_l1n24 : nan_mts_l1n25;
    nan_mts_l2n13 = nan_flag_l1[26] ? nan_mts_l1n26 : nan_mts_l1n27;
    nan_mts_l2n14 = nan_flag_l1[28] ? nan_mts_l1n28 : nan_mts_l1n29;
    nan_mts_l2n15 = nan_flag_l1[30] ? nan_mts_l1n30 : nan_mts_l1n31;
    nan_mts_l2n16 = nan_flag_l1[32] ? nan_mts_l1n32 : nan_mts_l1n33;
    nan_mts_l2n17 = nan_flag_l1[34] ? nan_mts_l1n34 : nan_mts_l1n35;
    nan_mts_l2n18 = nan_flag_l1[36] ? nan_mts_l1n36 : nan_mts_l1n37;
    nan_mts_l2n19 = nan_flag_l1[38] ? nan_mts_l1n38 : nan_mts_l1n39;
    nan_mts_l2n20 = nan_flag_l1[40] ? nan_mts_l1n40 : nan_mts_l1n41;
    nan_mts_l2n21 = nan_flag_l1[42] ? nan_mts_l1n42 : nan_mts_l1n43;
    nan_mts_l2n22 = nan_flag_l1[44] ? nan_mts_l1n44 : nan_mts_l1n45;
    nan_mts_l2n23 = nan_flag_l1[46] ? nan_mts_l1n46 : nan_mts_l1n47;
    nan_mts_l2n24 = nan_flag_l1[48] ? nan_mts_l1n48 : nan_mts_l1n49;
    nan_mts_l2n25 = nan_flag_l1[50] ? nan_mts_l1n50 : nan_mts_l1n51;
    nan_mts_l2n26 = nan_flag_l1[52] ? nan_mts_l1n52 : nan_mts_l1n53;
    nan_mts_l2n27 = nan_flag_l1[54] ? nan_mts_l1n54 : nan_mts_l1n55;
    nan_mts_l2n28 = nan_flag_l1[56] ? nan_mts_l1n56 : nan_mts_l1n57;
    nan_mts_l2n29 = nan_flag_l1[58] ? nan_mts_l1n58 : nan_mts_l1n59;
    nan_mts_l2n30 = nan_flag_l1[60] ? nan_mts_l1n60 : nan_mts_l1n61;
    nan_mts_l2n31 = nan_flag_l1[62] ? nan_mts_l1n62 : nan_mts_l1n63;
end

always @(
  nan_flag_l1
  ) begin
    nan_flag_l2[0] = nan_flag_l1[0] | nan_flag_l1[1];
    nan_flag_l2[1] = nan_flag_l1[2] | nan_flag_l1[3];
    nan_flag_l2[2] = nan_flag_l1[4] | nan_flag_l1[5];
    nan_flag_l2[3] = nan_flag_l1[6] | nan_flag_l1[7];
    nan_flag_l2[4] = nan_flag_l1[8] | nan_flag_l1[9];
    nan_flag_l2[5] = nan_flag_l1[10] | nan_flag_l1[11];
    nan_flag_l2[6] = nan_flag_l1[12] | nan_flag_l1[13];
    nan_flag_l2[7] = nan_flag_l1[14] | nan_flag_l1[15];
    nan_flag_l2[8] = nan_flag_l1[16] | nan_flag_l1[17];
    nan_flag_l2[9] = nan_flag_l1[18] | nan_flag_l1[19];
    nan_flag_l2[10] = nan_flag_l1[20] | nan_flag_l1[21];
    nan_flag_l2[11] = nan_flag_l1[22] | nan_flag_l1[23];
    nan_flag_l2[12] = nan_flag_l1[24] | nan_flag_l1[25];
    nan_flag_l2[13] = nan_flag_l1[26] | nan_flag_l1[27];
    nan_flag_l2[14] = nan_flag_l1[28] | nan_flag_l1[29];
    nan_flag_l2[15] = nan_flag_l1[30] | nan_flag_l1[31];
    nan_flag_l2[16] = nan_flag_l1[32] | nan_flag_l1[33];
    nan_flag_l2[17] = nan_flag_l1[34] | nan_flag_l1[35];
    nan_flag_l2[18] = nan_flag_l1[36] | nan_flag_l1[37];
    nan_flag_l2[19] = nan_flag_l1[38] | nan_flag_l1[39];
    nan_flag_l2[20] = nan_flag_l1[40] | nan_flag_l1[41];
    nan_flag_l2[21] = nan_flag_l1[42] | nan_flag_l1[43];
    nan_flag_l2[22] = nan_flag_l1[44] | nan_flag_l1[45];
    nan_flag_l2[23] = nan_flag_l1[46] | nan_flag_l1[47];
    nan_flag_l2[24] = nan_flag_l1[48] | nan_flag_l1[49];
    nan_flag_l2[25] = nan_flag_l1[50] | nan_flag_l1[51];
    nan_flag_l2[26] = nan_flag_l1[52] | nan_flag_l1[53];
    nan_flag_l2[27] = nan_flag_l1[54] | nan_flag_l1[55];
    nan_flag_l2[28] = nan_flag_l1[56] | nan_flag_l1[57];
    nan_flag_l2[29] = nan_flag_l1[58] | nan_flag_l1[59];
    nan_flag_l2[30] = nan_flag_l1[60] | nan_flag_l1[61];
    nan_flag_l2[31] = nan_flag_l1[62] | nan_flag_l1[63];
end

always @(
  nan_flag_l2
  or nan_mts_l2n0
  or nan_mts_l2n1
  or nan_mts_l2n2
  or nan_mts_l2n3
  or nan_mts_l2n4
  or nan_mts_l2n5
  or nan_mts_l2n6
  or nan_mts_l2n7
  or nan_mts_l2n8
  or nan_mts_l2n9
  or nan_mts_l2n10
  or nan_mts_l2n11
  or nan_mts_l2n12
  or nan_mts_l2n13
  or nan_mts_l2n14
  or nan_mts_l2n15
  or nan_mts_l2n16
  or nan_mts_l2n17
  or nan_mts_l2n18
  or nan_mts_l2n19
  or nan_mts_l2n20
  or nan_mts_l2n21
  or nan_mts_l2n22
  or nan_mts_l2n23
  or nan_mts_l2n24
  or nan_mts_l2n25
  or nan_mts_l2n26
  or nan_mts_l2n27
  or nan_mts_l2n28
  or nan_mts_l2n29
  or nan_mts_l2n30
  or nan_mts_l2n31
  ) begin
    nan_mts_l3n0 = nan_flag_l2[0] ? nan_mts_l2n0 : nan_mts_l2n1;
    nan_mts_l3n1 = nan_flag_l2[2] ? nan_mts_l2n2 : nan_mts_l2n3;
    nan_mts_l3n2 = nan_flag_l2[4] ? nan_mts_l2n4 : nan_mts_l2n5;
    nan_mts_l3n3 = nan_flag_l2[6] ? nan_mts_l2n6 : nan_mts_l2n7;
    nan_mts_l3n4 = nan_flag_l2[8] ? nan_mts_l2n8 : nan_mts_l2n9;
    nan_mts_l3n5 = nan_flag_l2[10] ? nan_mts_l2n10 : nan_mts_l2n11;
    nan_mts_l3n6 = nan_flag_l2[12] ? nan_mts_l2n12 : nan_mts_l2n13;
    nan_mts_l3n7 = nan_flag_l2[14] ? nan_mts_l2n14 : nan_mts_l2n15;
    nan_mts_l3n8 = nan_flag_l2[16] ? nan_mts_l2n16 : nan_mts_l2n17;
    nan_mts_l3n9 = nan_flag_l2[18] ? nan_mts_l2n18 : nan_mts_l2n19;
    nan_mts_l3n10 = nan_flag_l2[20] ? nan_mts_l2n20 : nan_mts_l2n21;
    nan_mts_l3n11 = nan_flag_l2[22] ? nan_mts_l2n22 : nan_mts_l2n23;
    nan_mts_l3n12 = nan_flag_l2[24] ? nan_mts_l2n24 : nan_mts_l2n25;
    nan_mts_l3n13 = nan_flag_l2[26] ? nan_mts_l2n26 : nan_mts_l2n27;
    nan_mts_l3n14 = nan_flag_l2[28] ? nan_mts_l2n28 : nan_mts_l2n29;
    nan_mts_l3n15 = nan_flag_l2[30] ? nan_mts_l2n30 : nan_mts_l2n31;
end

always @(
  nan_flag_l2
  ) begin
    nan_flag_l3[0] = nan_flag_l2[0] | nan_flag_l2[1];
    nan_flag_l3[1] = nan_flag_l2[2] | nan_flag_l2[3];
    nan_flag_l3[2] = nan_flag_l2[4] | nan_flag_l2[5];
    nan_flag_l3[3] = nan_flag_l2[6] | nan_flag_l2[7];
    nan_flag_l3[4] = nan_flag_l2[8] | nan_flag_l2[9];
    nan_flag_l3[5] = nan_flag_l2[10] | nan_flag_l2[11];
    nan_flag_l3[6] = nan_flag_l2[12] | nan_flag_l2[13];
    nan_flag_l3[7] = nan_flag_l2[14] | nan_flag_l2[15];
    nan_flag_l3[8] = nan_flag_l2[16] | nan_flag_l2[17];
    nan_flag_l3[9] = nan_flag_l2[18] | nan_flag_l2[19];
    nan_flag_l3[10] = nan_flag_l2[20] | nan_flag_l2[21];
    nan_flag_l3[11] = nan_flag_l2[22] | nan_flag_l2[23];
    nan_flag_l3[12] = nan_flag_l2[24] | nan_flag_l2[25];
    nan_flag_l3[13] = nan_flag_l2[26] | nan_flag_l2[27];
    nan_flag_l3[14] = nan_flag_l2[28] | nan_flag_l2[29];
    nan_flag_l3[15] = nan_flag_l2[30] | nan_flag_l2[31];
end

always @(
  nan_flag_l3
  or nan_mts_l3n0
  or nan_mts_l3n1
  or nan_mts_l3n2
  or nan_mts_l3n3
  or nan_mts_l3n4
  or nan_mts_l3n5
  or nan_mts_l3n6
  or nan_mts_l3n7
  or nan_mts_l3n8
  or nan_mts_l3n9
  or nan_mts_l3n10
  or nan_mts_l3n11
  or nan_mts_l3n12
  or nan_mts_l3n13
  or nan_mts_l3n14
  or nan_mts_l3n15
  ) begin
    nan_mts_l4n0 = nan_flag_l3[0] ? nan_mts_l3n0 : nan_mts_l3n1;
    nan_mts_l4n1 = nan_flag_l3[2] ? nan_mts_l3n2 : nan_mts_l3n3;
    nan_mts_l4n2 = nan_flag_l3[4] ? nan_mts_l3n4 : nan_mts_l3n5;
    nan_mts_l4n3 = nan_flag_l3[6] ? nan_mts_l3n6 : nan_mts_l3n7;
    nan_mts_l4n4 = nan_flag_l3[8] ? nan_mts_l3n8 : nan_mts_l3n9;
    nan_mts_l4n5 = nan_flag_l3[10] ? nan_mts_l3n10 : nan_mts_l3n11;
    nan_mts_l4n6 = nan_flag_l3[12] ? nan_mts_l3n12 : nan_mts_l3n13;
    nan_mts_l4n7 = nan_flag_l3[14] ? nan_mts_l3n14 : nan_mts_l3n15;
end

always @(
  nan_flag_l3
  ) begin
    nan_flag_l4[0] = nan_flag_l3[0] | nan_flag_l3[1];
    nan_flag_l4[1] = nan_flag_l3[2] | nan_flag_l3[3];
    nan_flag_l4[2] = nan_flag_l3[4] | nan_flag_l3[5];
    nan_flag_l4[3] = nan_flag_l3[6] | nan_flag_l3[7];
    nan_flag_l4[4] = nan_flag_l3[8] | nan_flag_l3[9];
    nan_flag_l4[5] = nan_flag_l3[10] | nan_flag_l3[11];
    nan_flag_l4[6] = nan_flag_l3[12] | nan_flag_l3[13];
    nan_flag_l4[7] = nan_flag_l3[14] | nan_flag_l3[15];
end

always @(
  nan_flag_l4
  or nan_mts_l4n0
  or nan_mts_l4n1
  or nan_mts_l4n2
  or nan_mts_l4n3
  or nan_mts_l4n4
  or nan_mts_l4n5
  or nan_mts_l4n6
  or nan_mts_l4n7
  ) begin
    nan_mts_l5n0 = nan_flag_l4[0] ? nan_mts_l4n0 : nan_mts_l4n1;
    nan_mts_l5n1 = nan_flag_l4[2] ? nan_mts_l4n2 : nan_mts_l4n3;
    nan_mts_l5n2 = nan_flag_l4[4] ? nan_mts_l4n4 : nan_mts_l4n5;
    nan_mts_l5n3 = nan_flag_l4[6] ? nan_mts_l4n6 : nan_mts_l4n7;
end

always @(
  nan_flag_l4
  ) begin
    nan_flag_l5[0] = nan_flag_l4[0] | nan_flag_l4[1];
    nan_flag_l5[1] = nan_flag_l4[2] | nan_flag_l4[3];
    nan_flag_l5[2] = nan_flag_l4[4] | nan_flag_l4[5];
    nan_flag_l5[3] = nan_flag_l4[6] | nan_flag_l4[7];
end

always @(
  nan_flag_l5
  or nan_mts_l5n0
  or nan_mts_l5n1
  or nan_mts_l5n2
  or nan_mts_l5n3
  ) begin
    nan_mts_l6n0 = nan_flag_l5[0] ? nan_mts_l5n0 : nan_mts_l5n1;
    nan_mts_l6n1 = nan_flag_l5[2] ? nan_mts_l5n2 : nan_mts_l5n3;
end

always @(
  nan_flag_l5
  ) begin
    nan_flag_l6[0] = nan_flag_l5[0] | nan_flag_l5[1];
    nan_flag_l6[1] = nan_flag_l5[2] | nan_flag_l5[3];
end

always @(
  nan_flag_l6
  or nan_mts_l6n0
  or nan_mts_l6n1
  ) begin
    nan_mts_l7n0 = nan_flag_l6[0] ? nan_mts_l6n0 : nan_mts_l6n1;
end

always @(
  nan_flag_l6
  ) begin
    nan_flag_l7[0] = nan_flag_l6[0] | nan_flag_l6[1];
end


always @(
  cfg_is_fp16_d1
  or wt_actv_nan
  or dat_actv_nan
  ) begin
    out_nan_pvld = cfg_is_fp16_d1[32] & (|{wt_actv_nan, dat_actv_nan});
end

assign out_nan_mts = nan_mts_l7n0 & {11{nan_flag_l7[0]}};

endmodule // NV_NVDLA_CMAC_CORE_MAC_nan